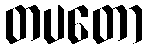
တပတော